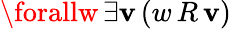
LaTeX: \forallw\, \exists\mathbf{v}\, (w\, R\, \mathbf{v})